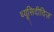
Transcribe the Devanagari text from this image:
थ्यूसिदीदिज़